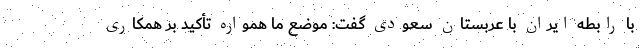
با رابطه ایران با عربستان سعودی گفت: موضع ما همواره تأکید بر همکاری